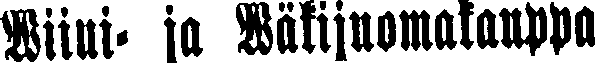
Wiini- ja Wäkijuomakauppa